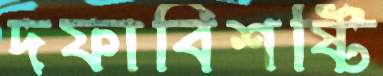
দফাবিশষ্টি